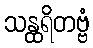
သန္ထရိတဗ္ဗံ